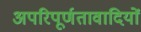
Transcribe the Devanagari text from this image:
अपरिपूर्णतावादियों